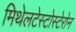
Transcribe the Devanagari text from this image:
मिथेलटेस्टोस्टेरोन